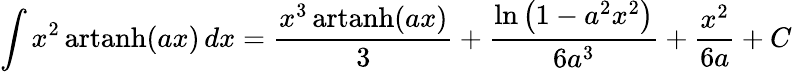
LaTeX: \int x^{2}\operatorname{artanh}(ax)\, dx={\frac{x^{3}\operatorname{artanh}(ax)}{3}}+{\frac{\ln\left(1-a^{2}x^{2}\right)}{6a^{3}}}+{\frac{x^{2}}{6a}}+C